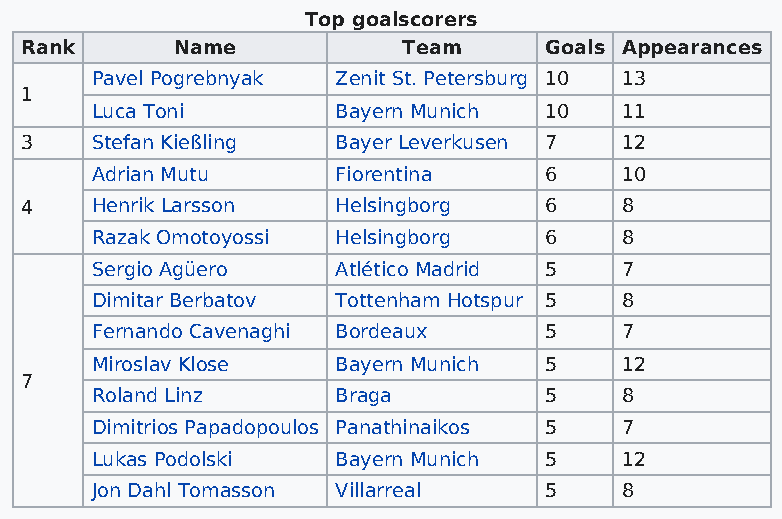
Top goalscorers
 Rank       Name           Team     Goals Appearances
 Pavel Pogrebnyak Zenit St. Petersburg 10 13
 1
 Luca Toni       Bayern Munich 10   11
 3    Stefan Kießling Bayer Leverkusen 7 12
 Adrian Mutu     Fiorentina    6    10
 4    Henrik Larsson  Helsingborg   6    8
 Razak Omotoyossi Helsingborg  6    8
 Sergio Agüero   Atlético Madrid 5  7
 Dimitar Berbatov Tottenham Hotspur 5 8
 Fernando Cavenaghi Bordeaux   5    7
 Miroslav Klose  Bayern Munich 5    12
 7
 Roland Linz     Braga         5    8
 Dimitrios Papadopoulos Panathinaikos 5 7
 Lukas Podolski  Bayern Munich 5    12
 Jon Dahl Tomasson Villarreal  5    8